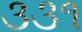
૩૩૧